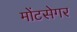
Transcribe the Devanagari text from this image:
मोंटसेगर